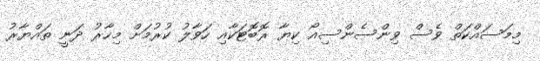
މިމަސައްކަތް ވެސް ވިންސެންސިއޯ ކިޔާ ރޮބޮޓަކާއި ހަވާލު ކުރުމަށް މިހާރު ދަނީ ތައްޔާރު